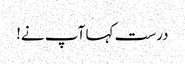
درست کہا آپ نے!